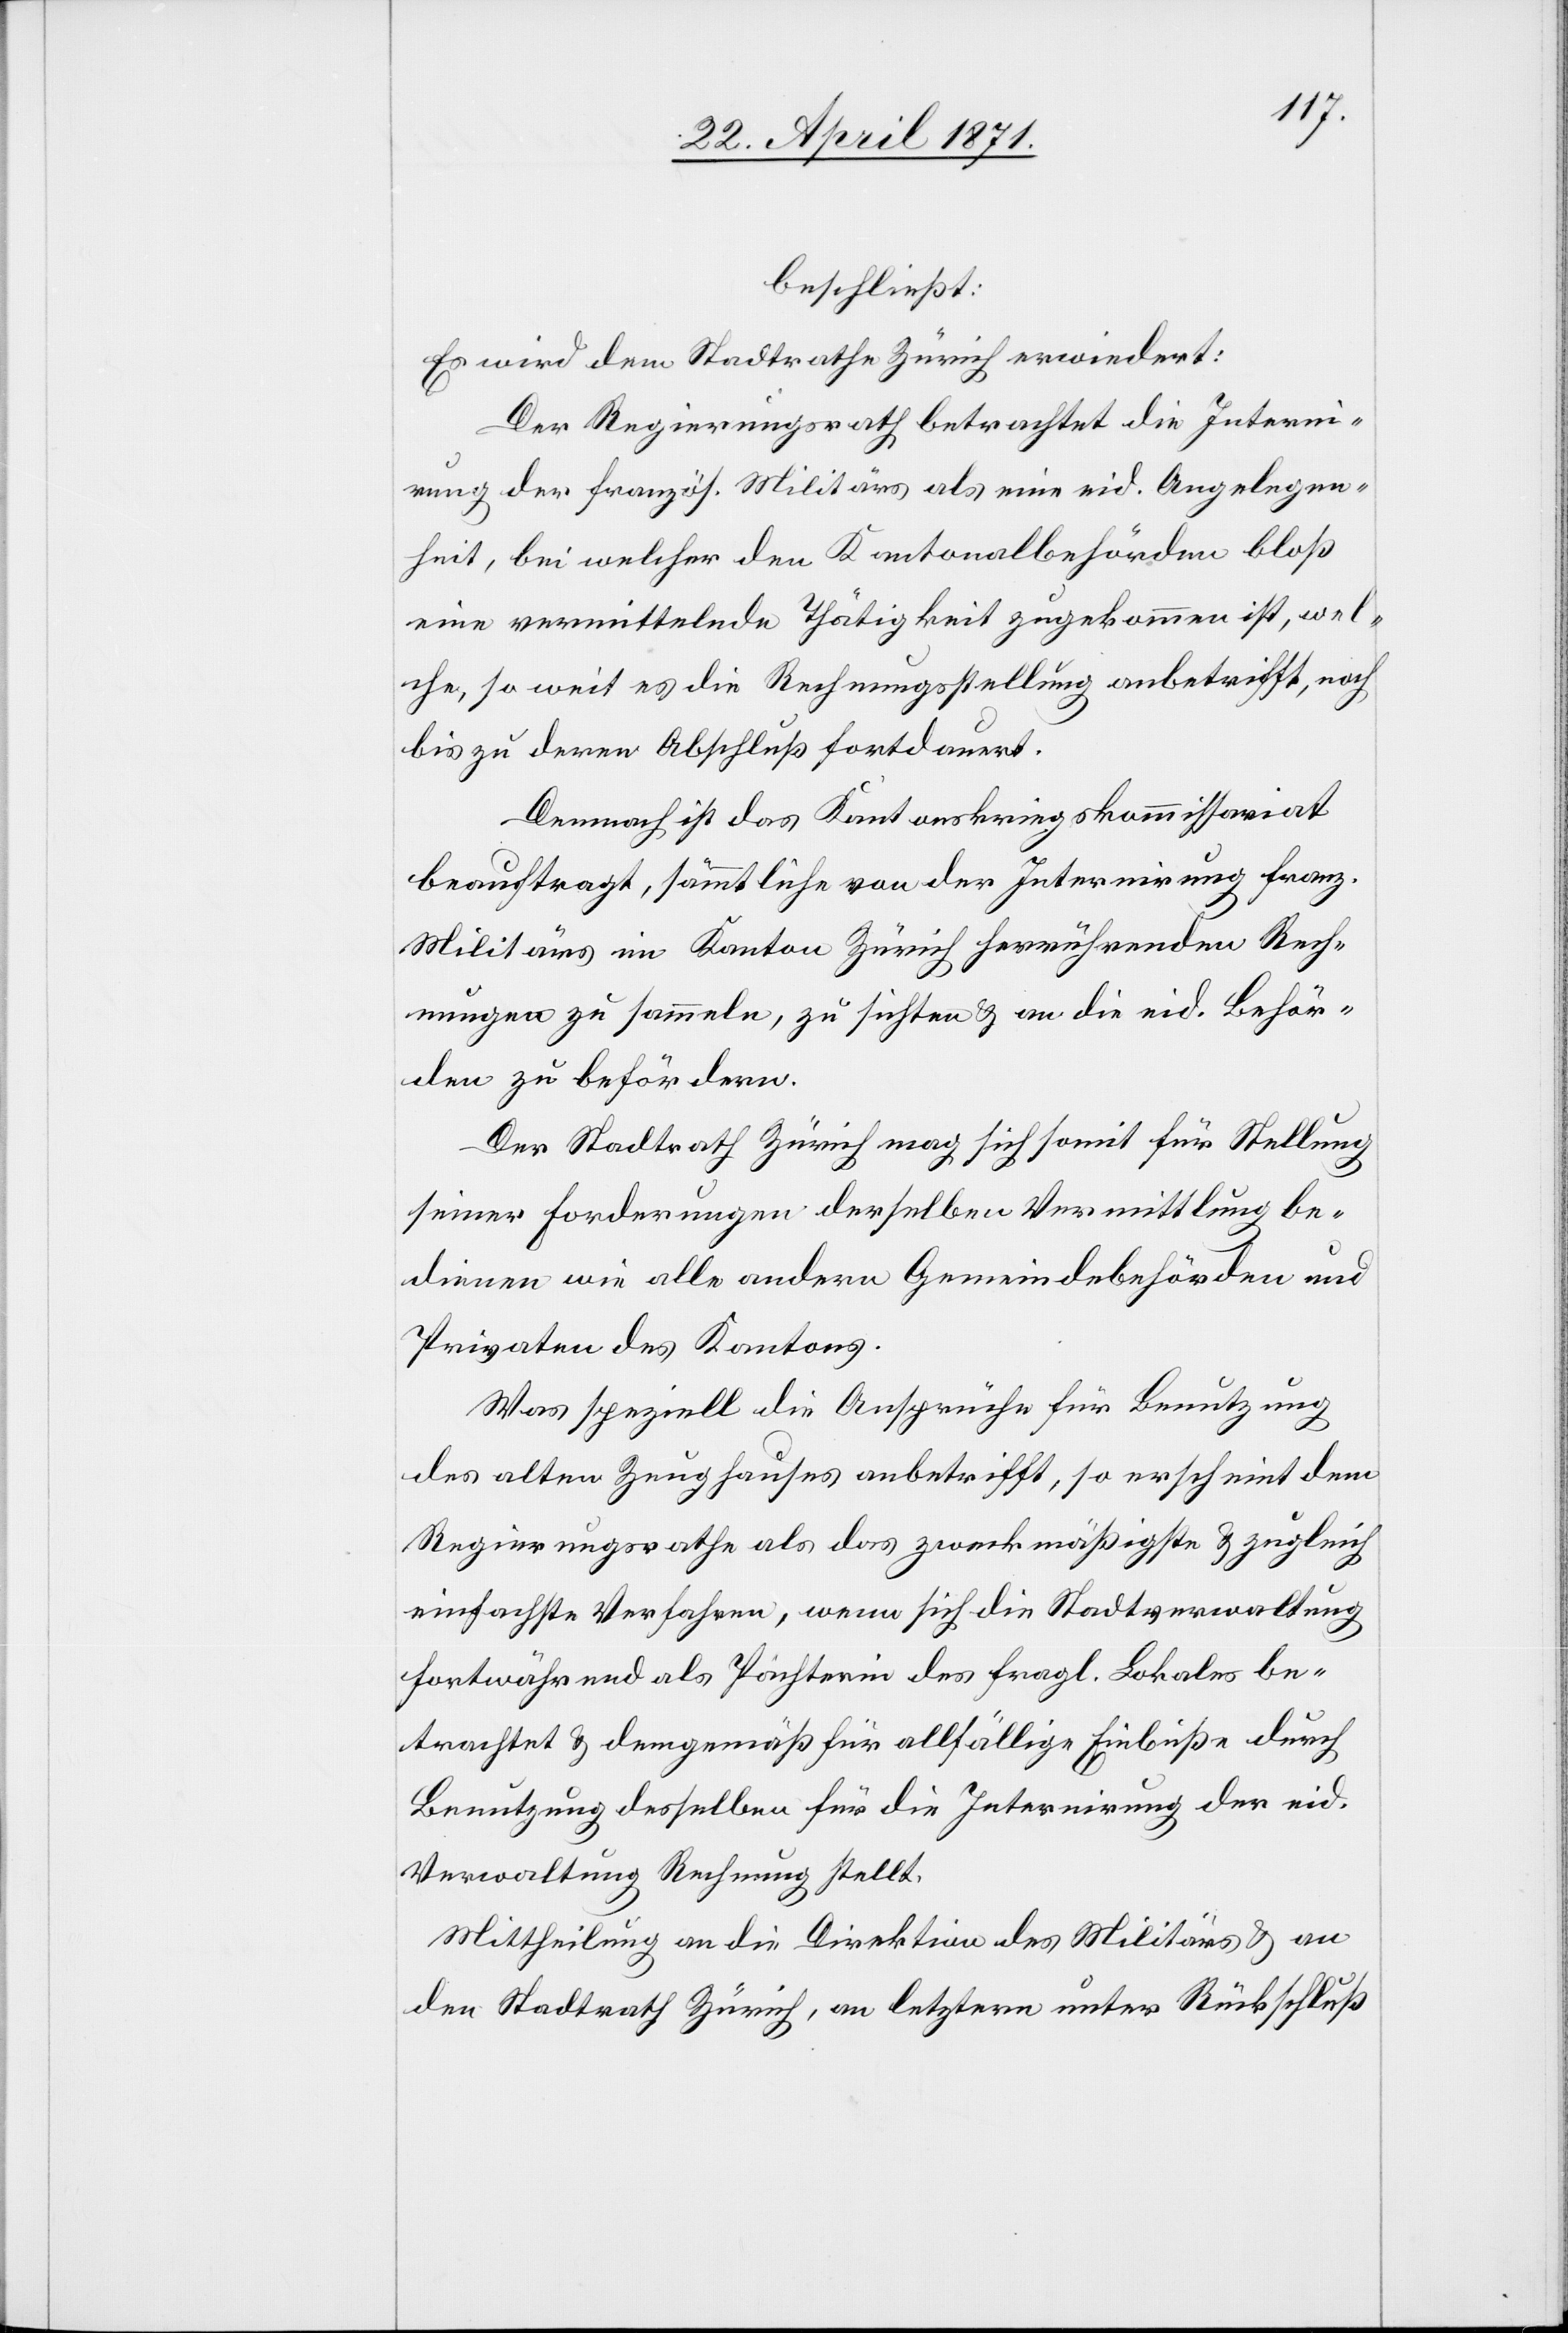
beschließt:
Es wird dem Stadtrathe Zürich erwiedert:
Der Regierungsrath betrachtet die Interni¬
rung der französ. Militärs als eine eid. Angelegen¬
heit, bei welcher den Kantonalbehörden bloß
eine vermittelnde Thätigkeit zugekommen ist, wel¬
che, so weit es die Rechnungsstellung anbetrifft, noch
bis zu deren Abschluß fortdauert.
Demnach ist das Kantonskriegskommissariat
beauftragt, sämmtliche von der Internirung franz.
Militärs aus im Kanton Zürich herrührenden Rech¬
nungen zu sammeln, zu sichten u. an die eid. Behör¬
den zu befördern.
Der Stadtrath Zürich mag sich somit für Stellung
seiner Forderungen derselben Vermittlung be¬
dienen wie alle andern Gemeindebehörden und
Privaten des Kantons.
Was speziell die Ansprüche für Benutzung
des alten Zeughauses anbetrifft, so erscheint dem
Regierungsrathe als das zweckmäßigste u. zugleich
einfachste Verfahren, wenn sich die Stadtverwaltung
fortwährend als Pächterin des fragl. Lokales be¬
trachtet u. demgemäß für allfällige Einbuße durch
Benutzung desselben für die Internirung der eid.
Verwaltung Rechnung stellt.
Mittheilung an die Direktion des Militärs u. an
den Stadtrath Zürich, an letztern unter Rückschluß